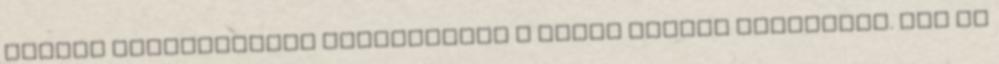
magyar futballisták többségének a sorsa jobbra forduljon. Nem is